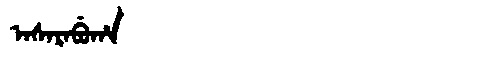
Manchu: ᠠᠰᠠᡵᠠᠪᡠᡥᠠ
Romanization: ASARABUHA